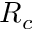
R _ { c }